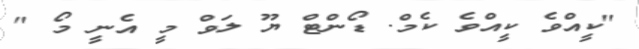
"ކީއްވެ ކީއްވެ ކެމް. ޑޯންޓް ޔޫ ލަވް މީ އެނީ މޯ "